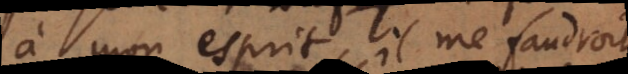
à mon esprit, il me faudroit